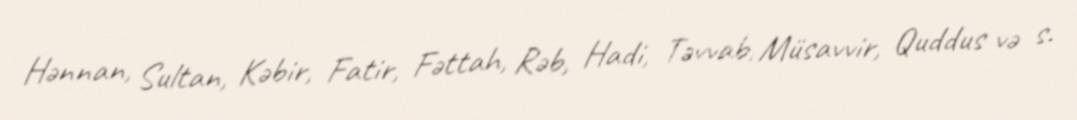
Hənnan, Sultan, Kəbir, Fatir, Fəttah, Rəb, Hadi, Təvvab, Müsavvir, Quddus və s.